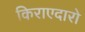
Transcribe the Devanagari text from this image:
किराएदारो